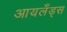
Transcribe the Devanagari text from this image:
आयलँड्स